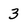
Character: 3